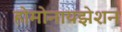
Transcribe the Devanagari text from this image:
होमोनायझेशन